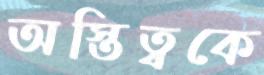
অস্তিত্বকে